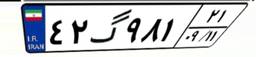
۴۲گ۹۸۱۲۱